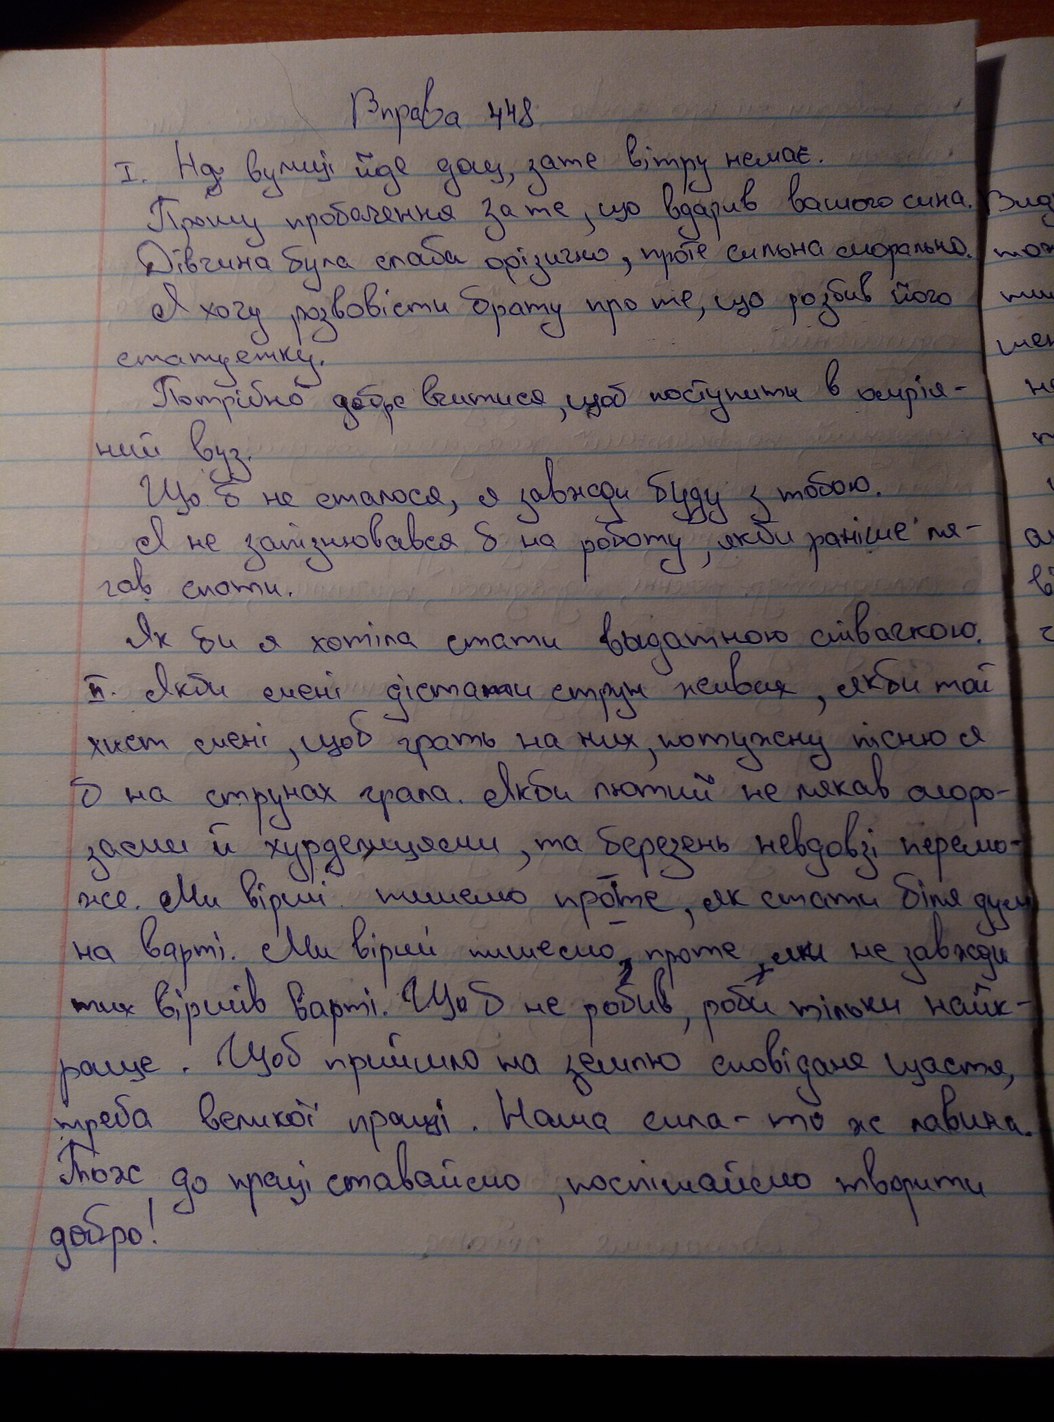
Вправа 448
I. На вулиці йде дощ, зате вітру немає.
Прошу пробачення за те, що вдарив вашого сина.
Дівчина була слаба фізично, проте сильна морально.
Я хочу розповісти брату про те, що розбив його
статуетку.
Потрібно добре вчитися, щоб доступити в омрія-
ний вуз.
Що б не сталося, я завжди буду з тобою.
Я не запізнювався б на роботу, якби раніше ля-
гав спати.
Як би я хотіла стати видатною співачкою.
II. Якби мені дістати струн живих, якби той
хист мені, щоб грать на них потужну пісню я
б на струнах грала. Якби лютий не лякав моро-
зами й хурделицями, та березень невдовзі перемо-
же. Ми вірші пишемо проте, як стати біля дум
на варті. Ми вірші пишемо, проте, ми не завжди
тих віршів варті. Щоб не робив, роби тільки найк-
раще. Щоб прийшло на землю сповідане щастя,
треба великої праці. Наша сила - то ж лавина.
Тож до праці ставаймо, поспішаймо творити
добро!